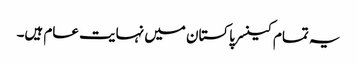
یہ تمام کینسر پاکستان میں نہایت عام ہیں۔